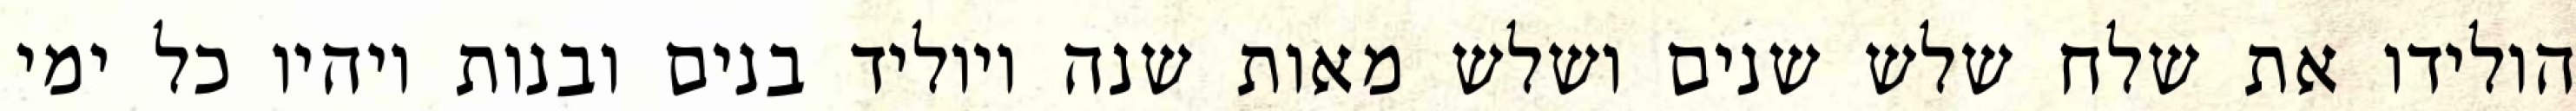
הולידו את שלח שלש שנים ושלש מאות שנה ויוליד בנים ובנות ויהיו כל ימי